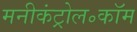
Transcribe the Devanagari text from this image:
मनीकंट्रोल॰कॉम